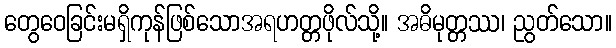
တွေဝေခြင်းမရှိကုန်ဖြစ်သောအရဟတ္တဖိုလ်သို့။ အဓိမုတ္တဿ၊ ညွတ်သော။